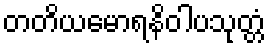
တတိယမောရနိဝါပသုတ္တံ